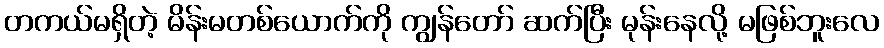
တကယ်မရှိတဲ့ မိန်းမတစ်ယောက်ကို ကျွန်တော် ဆက်ပြီး မုန်းနေလို့ မဖြစ်ဘူးလေ